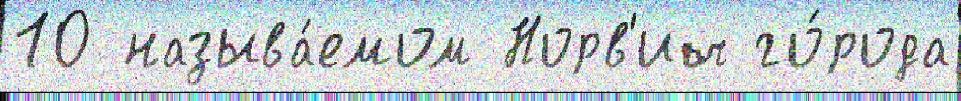
10 называ́емом Норв'ич го́рода